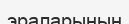
эраларының